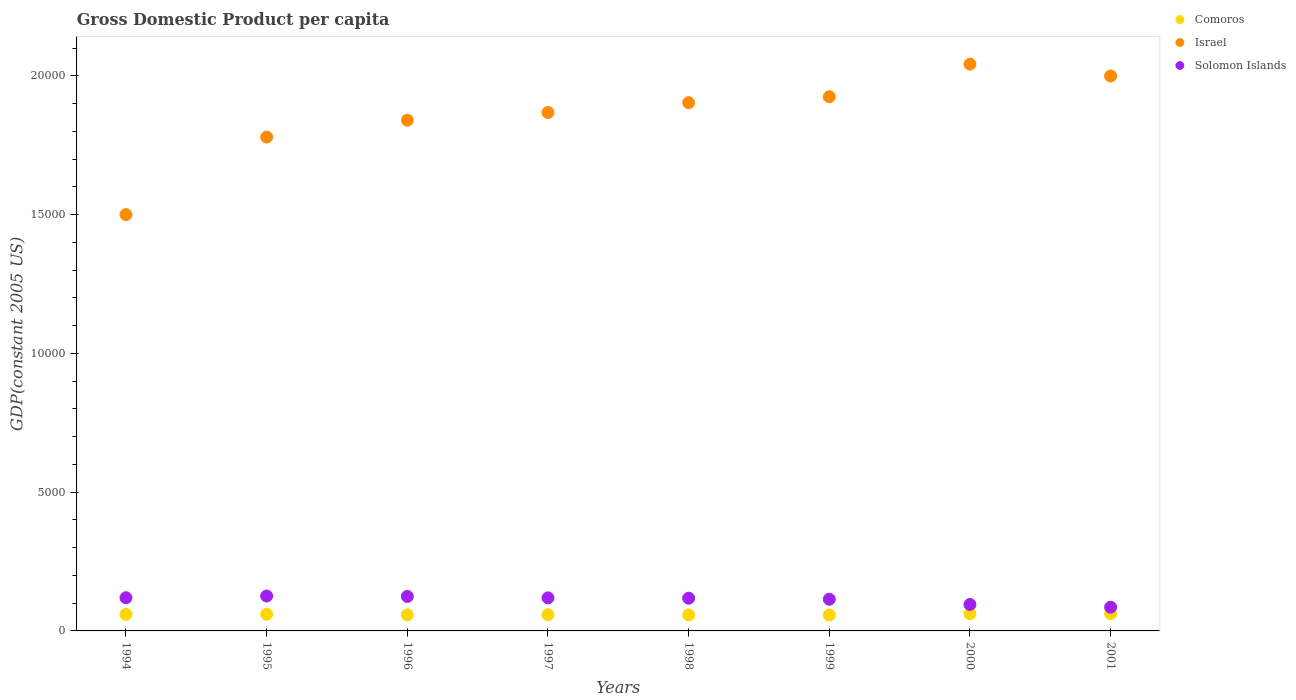
| Years | Comoros | Israel | Solomon Islands |
 | --- | --- | --- | --- |
 | 1994 | 598 | 1.5e+04 | 1.2e+03 |
 | 1995 | 602 | 1.78e+04 | 1.26e+03 |
 | 1996 | 578 | 1.84e+04 | 1.24e+03 |
 | 1997 | 586 | 1.87e+04 | 1.19e+03 |
 | 1998 | 578 | 1.9e+04 | 1.18e+03 |
 | 1999 | 574 | 1.92e+04 | 1.14e+03 |
 | 2000 | 620 | 2.04e+04 | 953 |
 | 2001 | 619 | 2e+04 | 854 |